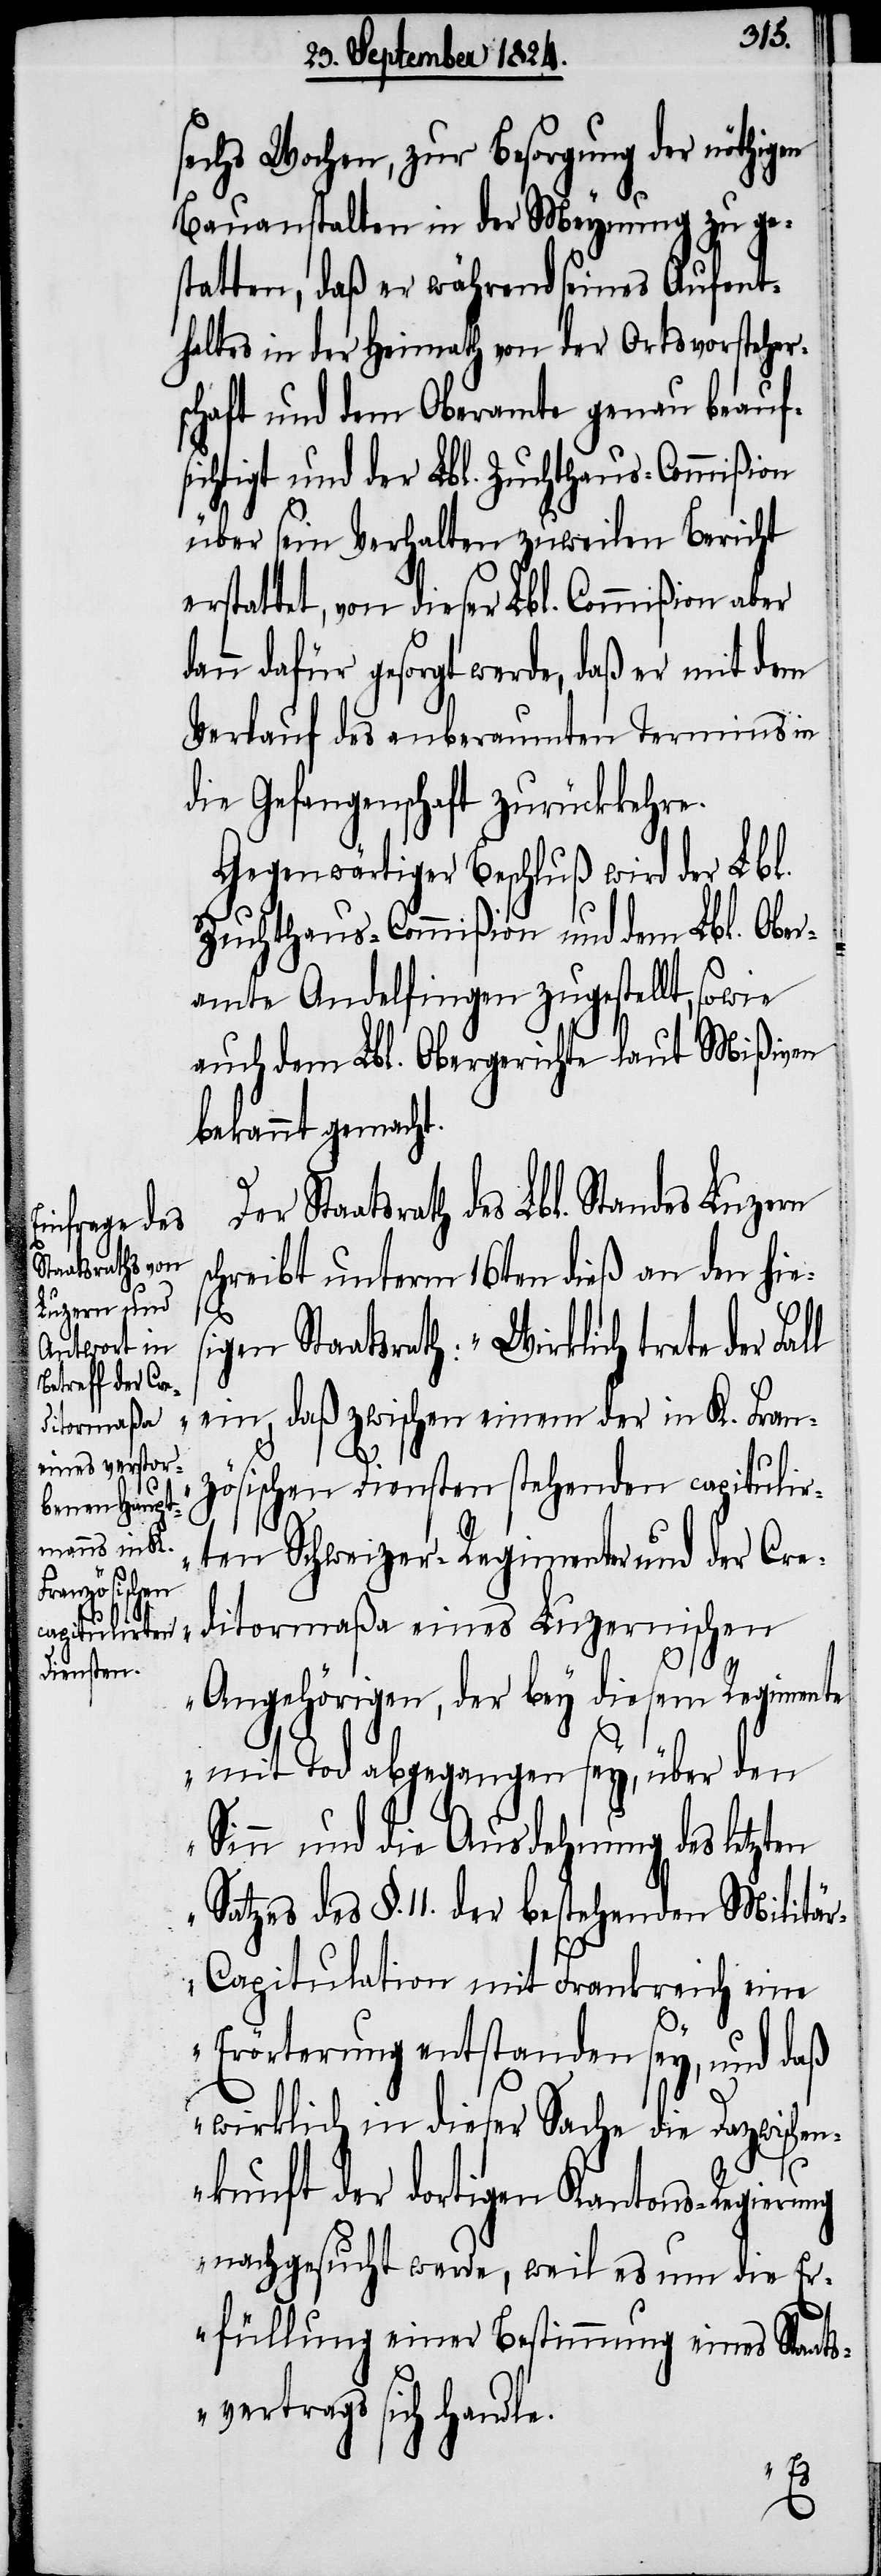
sechs Wochen, zur Besorgung der nöthigen
Bauanstalten in der Meynung zu ge¬
statten, daß er während seines Aufent¬
haltes in der Heimath von der Ortsvorsteher¬
schaft und dem Oberamte genau beauf¬
sichtigt und der Lbl. Zuchthaus-Commißion
über sein Verhalten zuweilen Bericht
erstattet, von dieser Lbl. Commißion aber
dann dafür gesorgt werde, daß er mit dem
Verlauf des anberaumten Termins in
die Gefangenschaft zurückkehre.
Gegenwärtiger Beschluß wird der Lbl.
Zuchthaus-Commißion und dem Lbl. Ober¬
amte Andelfingen zugestellt, sowie
auch dem Lbl. Obergerichte laut Mißiven
bekannt gemach¬
Staatsrath des Lbl. Standes Luzern
schreibt unterm 16ten dieß an den hie¬
en
sigen Staatsrath: „Wirklich trete der Fal¬
ein, daß zwischen einem der in K. Fran¬
zösischen Diensten stehenden capitulir¬
ten Schweizer-Regimenter und der Cre¬
ditormaßa eines Luzernischen
Angehörigen, der bey diesem Regimente
mit Tod abgegangen sey, über den
Sinn und die Ausdehnung des letzt¬
Satzes des §. 11. der bestehenden Militä¬
r-Capitulation mit Frankreich eine
Erörterung entstanden sey, und daß
wirklich in dieser Sache die Dazwischen¬
kunft der dortigen Kantons-Regierung
nachgesucht werde, weil es um die E¬
rfüllung einer Bestimmung eines Staat¬
svertrags sich handle.
l